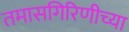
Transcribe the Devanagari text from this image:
तमासगिरिणीच्या